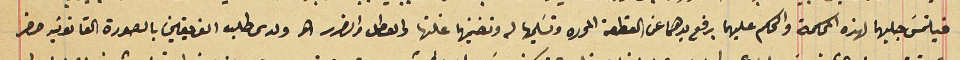
فيلتمسَ جلبهما لهذه المحكمة والحكم عليهما برفع يدهما عن القطعة المحرره وتسَليمها له وتضمينها غلتها والعطل والضرر الخ ولدى طلب الفريقين بالصورة القانونيه حضر